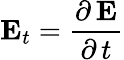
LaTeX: {\mathbf E}_{t}=\frac{\partial\, {\mathbf E}}{\partial\, t}